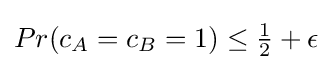
Pr(c_{A}=c_{B}=1)\leq {\tfrac {1}{2}}+\epsilon